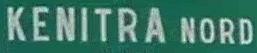
KENITRA NORD